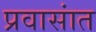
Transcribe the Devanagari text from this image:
प्रवासांत